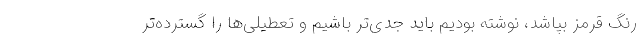
رنگ قرمز بپاشد، نوشته بودیم باید جدی‌تر باشیم و تعطیلی‌ها را گسترده‌تر